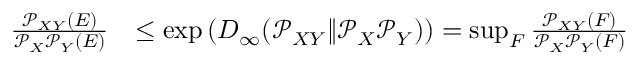
\begin{array} { r l } { \frac { \mathcal { P } _ { X Y } ( E ) } { \mathcal { P } _ { X } \mathcal { P } _ { Y } ( E ) } } & { \leq \exp \left( D _ { \infty } ( \mathcal { P } _ { X Y } \| \mathcal { P } _ { X } \mathcal { P } _ { Y } ) \right) = \operatorname* { s u p } _ { F } \frac { \mathcal { P } _ { X Y } ( F ) } { \mathcal { P } _ { X } \mathcal { P } _ { Y } ( F ) } } \end{array}